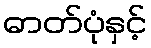
ဓာတ်ပုံနှင့်